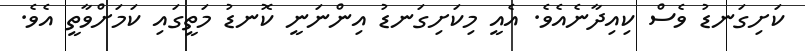
ކަށިގަނޑު ވެސް ކިއިދާނެއެވެ. އެއީ މިކަށިގަނޑު އިންނަނީ ކޮނޑު މަތީގައި ކަމަށްވާތީ އެވެ.